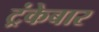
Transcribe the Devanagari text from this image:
ट्रंकेबार